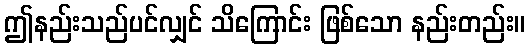
ဤနည်းသည်ပင်လျှင် သိကြောင်း ဖြစ်သော နည်းတည်း။